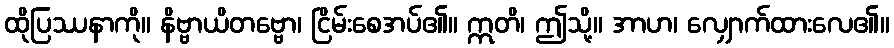
ထိုပြဿနာကို။ နိဗ္ဗာယိတဗ္ဗော၊ ငြိမ်းစေအပ်၏။ ဣတိ၊ ဤသို့။ အာဟ၊ လျှောက်ထားလေ၏။